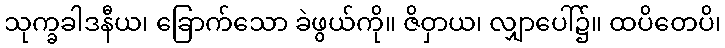
သုက္ခခါဒနီယ၊ ခြောက်သော ခဲဖွယ်ကို။ ဇိဝှာယ၊ လျှာပေါ်၌။ ထပိတေပိ၊